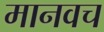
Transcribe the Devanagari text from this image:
मानवच